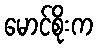
မောင်စိုးက